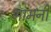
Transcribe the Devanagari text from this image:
मामनी